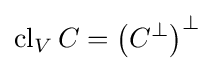
\operatorname {cl} _{V}C=\left(C^{\bot }\right)^{\bot }